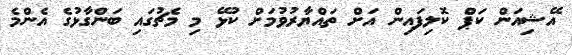
އޭޝިއަން ކަޕް ކޮލިފައިން އަށް ތައްޔާރުވުމަށް ކުޅޭ މި މެޗުގައި ބަންގާޅުގެ އެންމެ